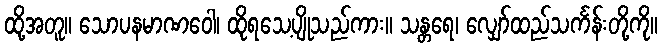
ထို့အတူ။ သောပနမာဏဝေါ၊ ထိုရသေ့ပျိုသည်ကား။ သန္တရေ၊ လျှော်ထည်သင်္ကန်းတို့ကို။